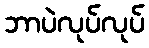
ဘာပဲလုပ်လုပ်